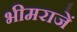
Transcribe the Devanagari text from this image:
भीमराजें